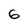
Character: 6